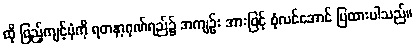
ထို ဖြည့်ကျင့်ပုံကို ရတနာ့ဂုဏ်ရည်၌ အကျဉ်း အားဖြင့် စုံလင်အောင် ပြထားပါသည်။